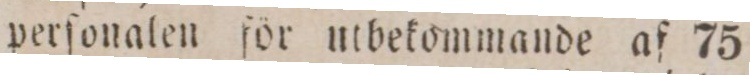
perſonalen för utbekommande af 75